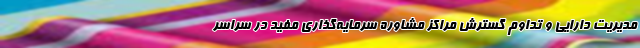
مدیریت دارایی و تداوم گسترش مراکز مشاوره سرمایه‌گذاری مفید در سراسر